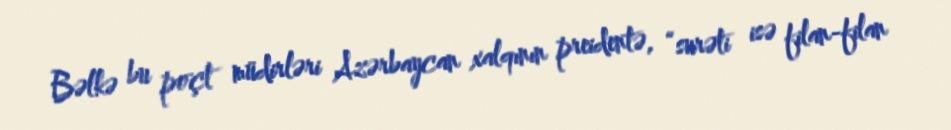
Bəlkə bu poçt müdirləri Azərbaycan xalqının preidentə, “surəti isə filan-filan